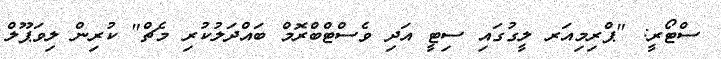
ސްޓޯރީ: "ޕްރިމިއަރ ލީގުގައި ސިޓީ އަދި ވެސްޓްބްރޮމް ބައްދަލުކުރި މެޗް" ކުރިން ލިވަޕޫލް